Insane asylums in Bengal annual reports 1876-1887 - 1876-1887
Year: 1876
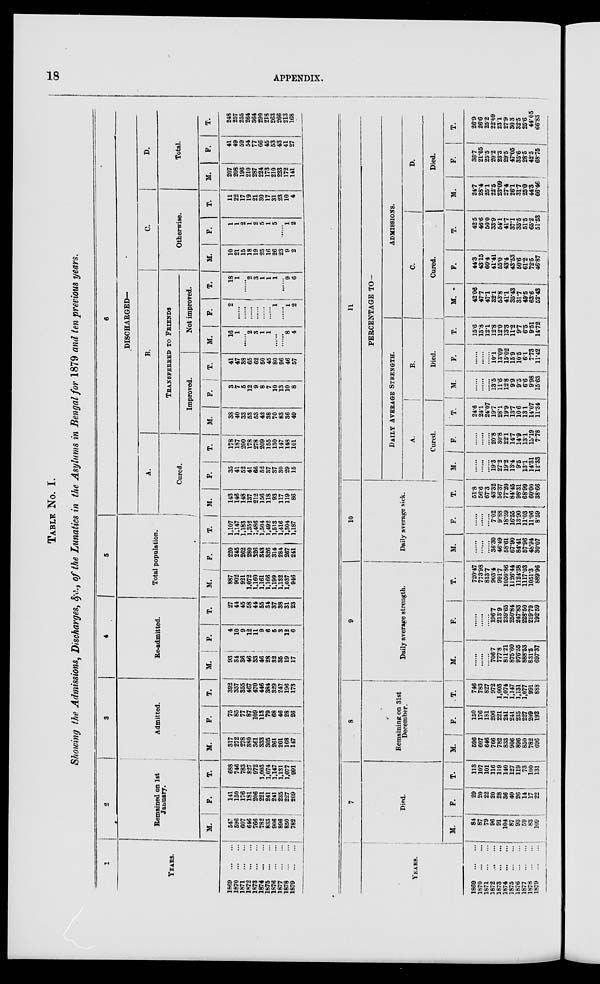
18
APPENDIX.
TABLE No. I.
Showing the Admissions, Discharges, &c., of the Lunatics in the Asylums in Bengal for 1879 and ten previous years.
1
YEARS.
1869
...
...
1870
...
...
1871
... ...
1872
...
...
1873
...
...
1874
...
...
1875
...
...
1876
...
...
1877
...
...
1878
...
...
1879
...
...
2
Remained on 1st
January.
M.
547
596
607
646
766
782
833
906
896
850
782
F.
141
150
176
181
206
221
241
241
235
227
209
T.
688
746
783
827
972
1,003
1,074
1,147
1,131
1,077
991
3
Admitted.
M.
317
272
278
380
361
333
305
261
201
168
147
F.
75
85
77
87
109
113
79
68
46
28
26
T.
392
357
355
467
470
446
384
329
247
196
173
4
Re-admitted.
M.
93
34
36
46
33
46
28
32
35
19
17
F.
4
10
9
12
11
9
6
5
3
12
6
T.
27
44
45
58
44
55
34
37
38
31
23
5
Total population.
M.
887
902
921
1,072
1,160
1,161
1,166
1,199
1,132
1,037
946
F.
220
245
262
280
326
343
326
314
284
267
241
T.
1,107
1,147
1,183
1,352
1,486
1,504
1,492
1,513
1,416
1,304
1,187
6
DISCHARGED—
A.
Cured.
M.
143
146
148
137
212
156
118
93
117
119
86
F.
35
41
52
41
66
52
37
37
30
29
15
T.
178
187
200
178
278
209
155
130
147
148
101
B.
TRANSFERRED TO FRIENDS
Improved.
M.
38
40
33
53
53
42
38
70
83
36
49
F.
3
7
5
12
9
8
7
10
13
10
8
T.
41
47
38
65
62
50
45
80
96
46
57
Not improved.
M.
16
1
......
2
3
1
1
......
......
8
4
F.
2
......
......
......
......
......
1
......
1
2
T.
18
1
......
2
3
1
1
1
......
9
6
C.
Otherwise.
M.
10
21
15
18
19
25
16
26
23
9
2
F.
1
1
2
1
2
5
1
5
......
1
2
T.
11
22
17
19
21
30
17
31
23
10
4
D.
Total.
M.
207
208
196
210
287
224
173
210
223
172
141
F.
41
49
59
54
77
66
45
53
43
41
27
T.
248
257
255
264
364
290
218
263
266
213
168
YEARS.
1869
...
...
1870
...
...
1871
...
...
1872
...
...
1873
...
...
1874
...
...
1875
...
...
1876
...
...
1877
...
...
1878
...
...
1879
...
...
7
Died.
M.
84
87
79
96
91
104
87
93
59 83
109
F.
29
20
22
20
28
36
40
26
14
17
22
T.
113
107
101
116
119
140
127
119
73
100
131
8
Remaining on 31st
December.
M.
596
607
646
766
782
833
906
896
850
782
696
F.
150
176
181
206
221
241
241
235
227
209
192
T.
746
783
827
972
1,003
1,074
1,147
1,131
1,077
991
888
9
Daily average strength.
M.
......
......
......
706.7
777.8
811.21
875.60
976.55
888.53
831.5
697.37
F.
......
......
......
196.7
213.9
239.65
250.84
247.83
228.50
219.79
192.59
T.
720.47
773.98
813.7
903.4
991.7
1050.86
1126.44
1124.38
1117.03
1051.3
889.96
10
Daily average sick.
M.
......
......
......
36.30
46.49
58.61
67.90
84.41
57.96
48.94
30.07
F.
......
......
......
7.02
9.88
18.59
16.55
13.90
11.03
11.06
8.59
T.
51.8
56.6
67.3
43.32
56.37
77.20
84.45
98.31
68.99
60.00
38.66
11
PERCENTAGE TO—
DAILY AVERAGE STRENGTH.
A.
Cured.
M.
......
......
......
19.3
27.2
19.2
13.4
9.5
13.1
14.31
12.33
F.
......
......
......
20.8
30.8
22.1
14.7
14.9
13.1
13.19
7.78
T.
24.6
24.1
24.07
19.7
28.1
19.9
13.7
10.6
13.1
14.07
11.34
B.
Died.
M.
......
......
......
13.5
11.6
12.8
9.9
9.5
6.6
9.98
15.63
F.
......
......
......
10.1
13.09
15.02
15.9
10.5
6.1
7.73
11.42
T.
15.6
13.8
12.1
12.8
12.0
13.3
11.2
9.7
6.5
9.51
14.72
ADMISSIONS.
C.
Cured.
M.
42.06
47.7
47.1
32.1
53.8
41.1
35.43
31.7
49.5
63.6
52.43
F.
44.3
43.15
60.4
41.41
55.0
43.4
43.53
50.6
61.2
72.5
46.87
T.
42.5
46.6
50.0
33.9
54.1
41.7
37.1
35.5
51.5
65.2
51.53
D.
Died.
M.
24.7
28.4
25.1
22.5
23.09
27.4
26.1
31.7
25.0
44.3
66.46
F.
36.7
21.05
25.5
20.2
23.3
29.5
47.05
35.6
28.5
42.5
68.75
T.
26.9
26.6
25.2
22.09
23.1
27.9
30.3
32.5
25.6
44.05
66.83